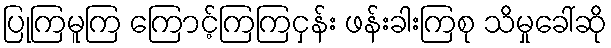
ပြုကြမူကြ ကြောင့်ကြကြငှန်း ဖန်းခါးကြစု သိမှုခေါ်ဆို